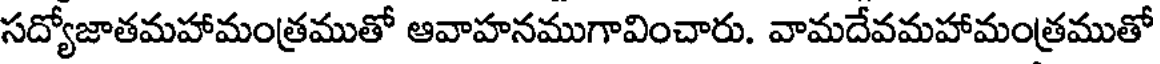
సద్యోజాతమహామంత్రముతో ఆవాహనముగావించారు. వామదేవమహామంత్రముతో